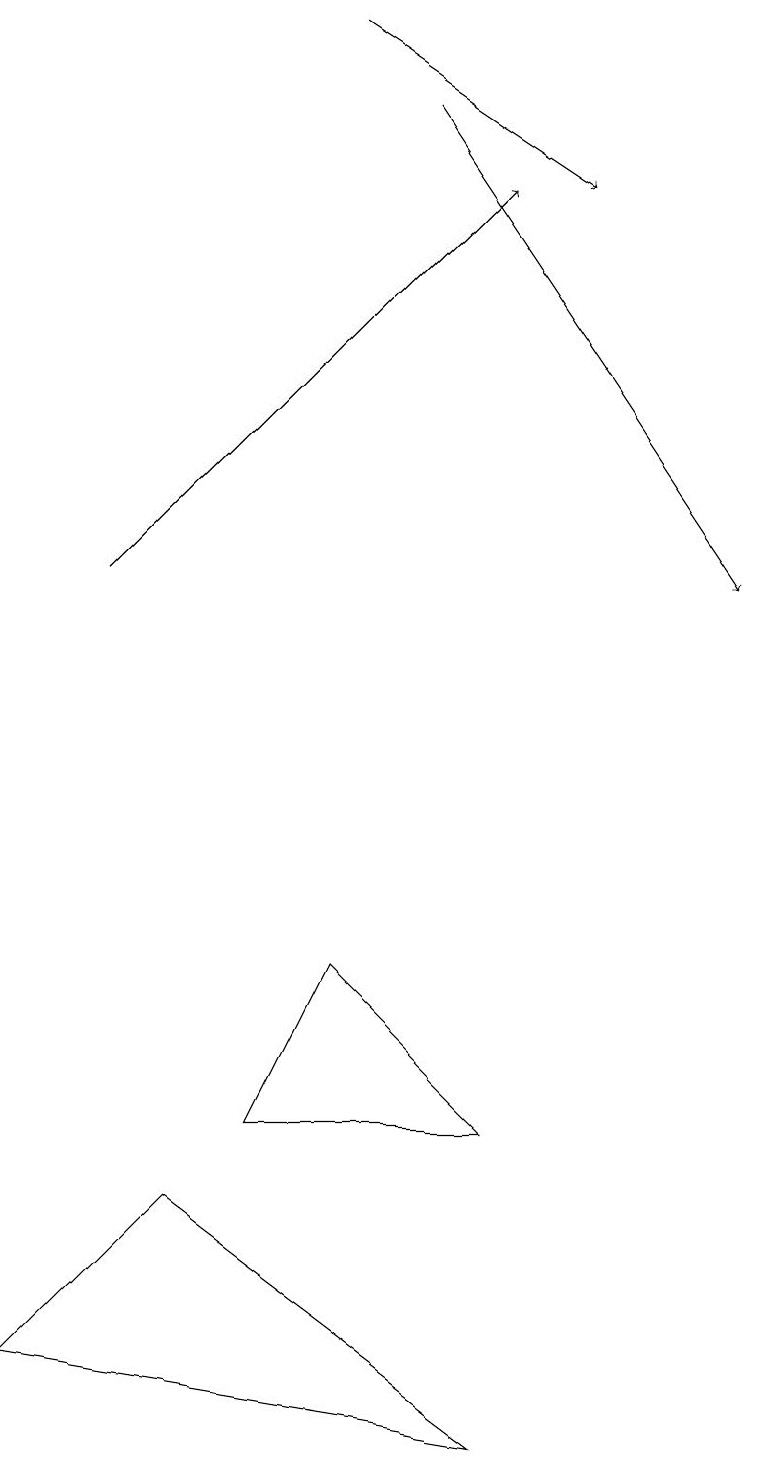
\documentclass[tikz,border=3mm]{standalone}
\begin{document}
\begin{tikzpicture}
\draw[->] (4,19) -- (7,17);
\draw (3,5) -- (4,7) -- (6,5) -- cycle;
\draw (0,2) -- (2,4) -- (6,1) -- cycle;
\draw[->] (1,12) -- (6,17);
\draw[->] (5,18) -- (9,12);
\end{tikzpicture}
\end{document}